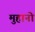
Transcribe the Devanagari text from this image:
मुहानो